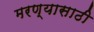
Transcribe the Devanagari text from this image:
मरण्यासाठी